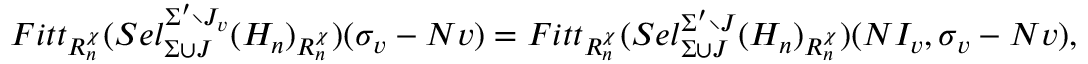
F i t t _ { R _ { n } ^ { \chi } } ( S e l _ { \Sigma \cup J } ^ { \Sigma ^ { \prime } \setminus J _ { v } } ( H _ { n } ) _ { R _ { n } ^ { \chi } } ) ( \sigma _ { v } - N v ) = F i t t _ { R _ { n } ^ { \chi } } ( S e l _ { \Sigma \cup J } ^ { \Sigma ^ { \prime } \setminus J } ( H _ { n } ) _ { R _ { n } ^ { \chi } } ) ( N I _ { v } , \sigma _ { v } - N v ) ,